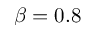
\beta = 0 . 8